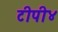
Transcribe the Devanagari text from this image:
टीपी४